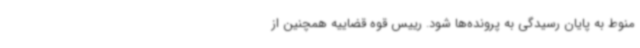
منوط به پایان رسیدگی به پرونده‌ها شود. رییس قوه قضاییه همچنین از